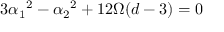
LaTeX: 3 \alpha _ { 1 } { } ^ { 2 } - \alpha _ { 2 } { } ^ { 2 } + 1 2 \Omega ( d - 3 ) = 0